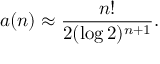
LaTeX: a ( n ) \approx { \frac { n ! } { 2 ( \log 2 ) ^ { n + 1 } } } .